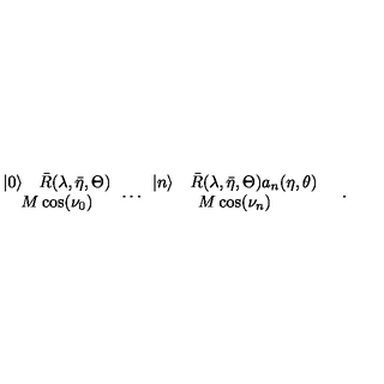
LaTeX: \begin{array} { c } { | 0 \rangle \quad \bar { R } ( \lambda , \bar { \eta } , \Theta ) } \\ { M \cos ( \nu _ { 0 } ) } \\ \end{array} \dots \begin{array} { c } { | n \rangle \quad \bar { R } ( \lambda , \bar { \eta } , \Theta ) a _ { n } ( \eta , \theta ) } \\ { M \cos ( \nu _ { n } ) } \\ \end{array} \quad .